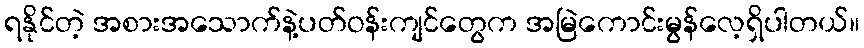
ရနိုင်တဲ့ အစားအသောက်နဲ့ပတ်ဝန်းကျင်တွေက အမြဲကောင်းမွန်လေ့ရှိပါတယ်။